Lunatic asylums Punjab 1868-1880 - 1868-1880
Year: 1868
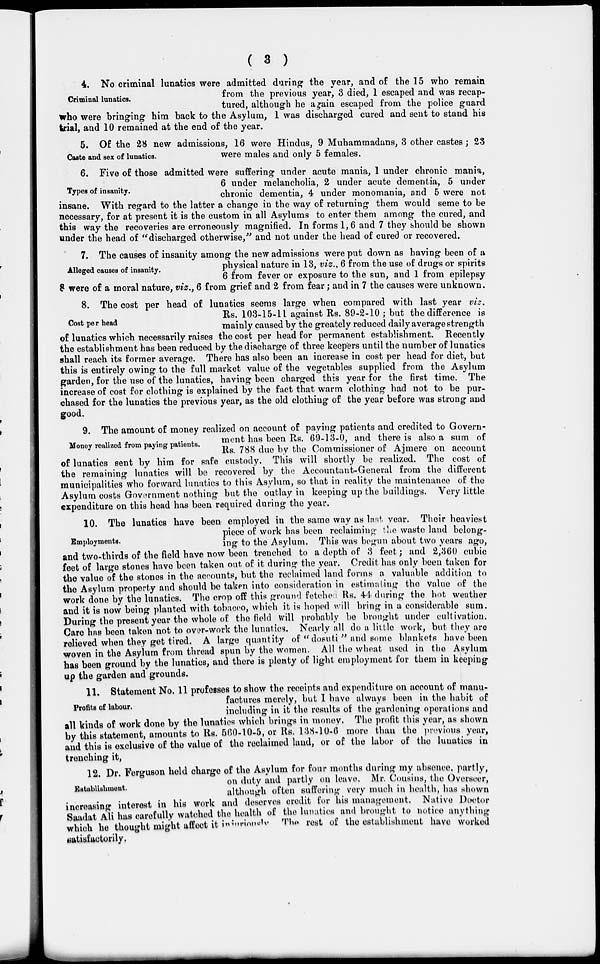
( 3 )
Criminal lunatics.
4. No criminal lunatics were admitted during the year, and of the 15 who remain
from the previous year, 3 died, 1 escaped and was recap-
tured, although he again escaped from the police guard
who were bringing him back to the Asylum, 1 was discharged cured and sent to stand his
trial, and 10 remained at the end of the year.
Caste and sex of lunatics.
5. Of the 28 new admissions, 16 were Hindus, 9 Muhammadans, 3 other castes ; 23
were males and only 5 females.
Types of insanity.
6. Five of those admitted were suffering under acute mania, 1 under chronic mania,
6 under melancholia, 2 under acute dementia, 5 under
chronic dementia, 4 under monomania, and 5 were not
insane. With regard to the latter a change in the way of returning them would seme to be
necessary, for at present it is the custom in all Asylums to enter them among the cured, and
this way the recoveries are erroneously magnified. In forms 1, 6 and 7 they should be shown
under the head of "discharged otherwise," and not under the head of cured or recovered.
Alleged causes of insanity.
7. The causes of insanity among the new admissions were put down as having been of a
physical nature in 13, viz., 6 from the use of drugs or spirits
6 from fever or exposure to the sun, and 1 from epilepsy
8 were of a moral nature, viz., 6 from grief and 2 from fear ; and in 7 the causes were unknown.
Cost per head
8. The cost per head of lunatics seems large when compared with last year viz.
Rs. 103-15-11 against Rs. 89-2-10 ; but the difference is
mainly caused by the greately reduced daily average strength
of lunatics which necessarily raises the cost per head for permanent establishment. Recently
the establishment has been reduced by the discharge of three keepers until the number of lunatics
shall reach its former average. There has also been an increase in cost per head for diet, but
this is entirely owing to the full market value of the vegetables supplied from the Asylum
garden, for the use of the lunatics, having been charged this year for the first time. The
increase of cost for clothing is explained by the fact that warm clothing had not to be pur-
chased for the lunatics the previous year, as the old clothing of the year before was strong and
good.
Money realized from paying patients.
9. The amount of money realized on account of paying patients and credited to Govern-
ment has been Rs. 69-13-0, and there is also a sum of
Rs. 788 due by the Commissioner of Ajmere on account
of lunatics sent by him for safe custody. This will shortly be realized. The cost of
the remaining lunatics will be recovered by the Accountant-General from the different
municipalities who forward lunatics to this Asylum, so that in reality the maintenance of the
Asylum costs Government nothing but the outlay in keeping up the buildings. Very little
expenditure on this head has been required during the year.
Employments.
10. The lunatics have been employed in the same way as last year. Their heaviest
piece of work has been reclaiming the waste land belong-
ing to the Asylum. This was begun about two years ago,
and two-thirds of the field have now been trenched to a depth of 3 feet ; and 2,360 cubic
feet of large stones have been taken out of it during the year. Credit has only been taken for
the value of the stones in the accounts, but the reclaimed land forms a valuable addition to
the Asylum property and should be taken into consideration in estimating the value of the
work done by the lunatics. The crop off this ground fetched Rs. 44 during the hot weather
and it is now being planted with tobacco, which it is hoped will bring in a considerable sum.
During the present year the whole of the field will probably be brought under cultivation.
Care has been taken not to over-work the lunatics. Nearly all do a little work, but they are
relieved when they get tired. A large quantity of "dosuti" and some blankets have been
woven in the Asylum from thread spun by the women. All the wheat used in the Asylum
has been ground by the lunatics, and there is plenty of light employment for them in keeping
up the garden and grounds.
Profits of labour.
11. Statement No, 11 professes to show the receipts and expenditure on account of manu-
factures merely, but I have always been in the habit of
including in it the results of the gardening operations and
all kinds of work done by the lunatics which brings in money. The profit this year, as shown
by this statement, amounts to Rs. 560-10-5, or Rs. 138-10-6 more than the previous year,
and this is exclusive of the value of the reclaimed land, or of the labor of the lunatics in
trenching it,
Establishment.
12. Dr. Ferguson held charge of the Asylum for four months during my absence, partly,
on duty and partly on leave. Mr. Cousins, the Overseer,
although often suffering very much in health, has shown
increasing interest in his work and deserves credit for his management. Native Doctor
Saadat Ali has carefully watched the health of the lunatics and brought to notice anything
which he thought might affect it injuriously The rest of the establishment have worked
satisfactorily.